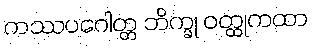
ကဿပဂေါတ္တ ဘိက္ခု ဝတ္ထုကထာ